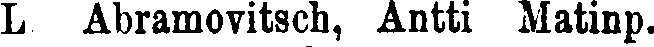
L Abramovitsch, Antti Matinp.